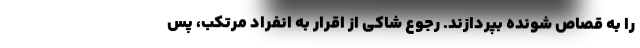
را به قصاص شونده بپردازند. رجوع شاکی از اقرار به انفراد مرتکب، پس